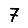
Digit: 7